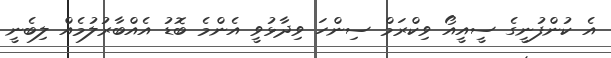
އެ ކުންފުނީގެ ސީއީއޯ ވިކްރަމް ސިންހަ ވިދާޅުވީ އެންމެ ބޮޑު އެއްބާރުލުމެއް ލިބެނީ